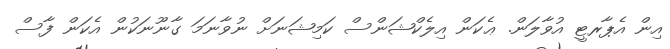
އިން އެޕާރޓީ އުވާލަން. ޢެކަން އިލެކްޝަންސް ކަމިޝަނަށް ނުވާނަމަ ގާނޫނަކުން އެކަން ފާސް